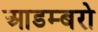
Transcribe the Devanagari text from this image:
आडम्बरो